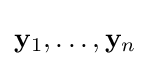
\mathbf {y} _{1},\dots ,\mathbf {y} _{n}